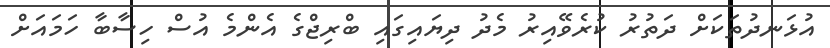
އުޅަނދުތަކަށް ދަތުރު ކުރެވޭއިރު މެދު ދިޔައިގައި ބްރިޖްގެ އެންމެ އުސް ހިސާބާ ހަމައަށް